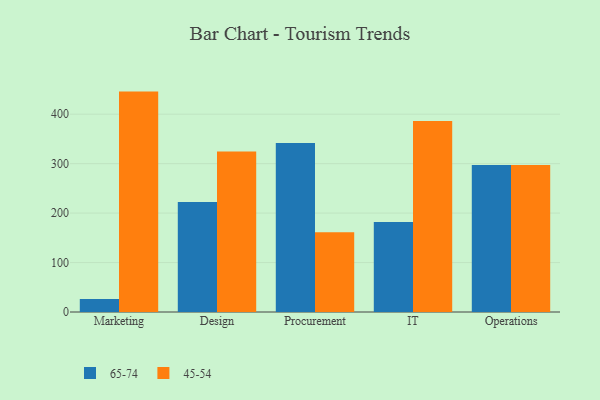
{"axis": {"x": "Department", "y": "Budget (USD K)"}, "legend": ["45-54", "65-74"], "data": [{"x": "Marketing", "y": 26.5, "type": "65-74"}, {"x": "Marketing", "y": 445.7, "type": "45-54"}, {"x": "Design", "y": 222.5, "type": "65-74"}, {"x": "Design", "y": 324.8, "type": "45-54"}, {"x": "Procurement", "y": 341.7, "type": "65-74"}, {"x": "Procurement", "y": 161.4, "type": "45-54"}, {"x": "IT", "y": 182.1, "type": "65-74"}, {"x": "IT", "y": 386.0, "type": "45-54"}, {"x": "Operations", "y": 297.4, "type": "65-74"}, {"x": "Operations", "y": 297.1, "type": "45-54"}]}